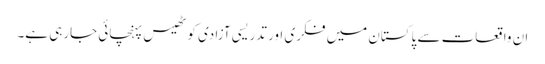
ان واقعات سے پاکستان میں فکری اور تدریسی آزادی کو ٹھیس پہنچائی جارہی ہے۔